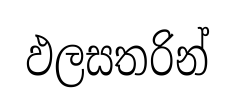
ඵලසතරින්